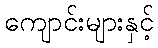
ကျောင်းများနှင့်